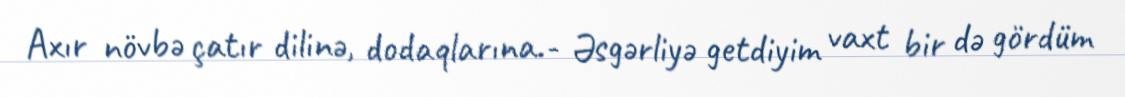
Axır növbə çatır dilinə, dodaqlarına.- Əsgərliyə getdiyim vaxt bir də gördüm